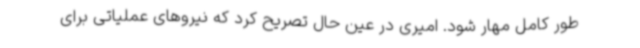
طور کامل مهار شود. امیری در عین حال تصریح کرد که نیروهای عملیاتی برای